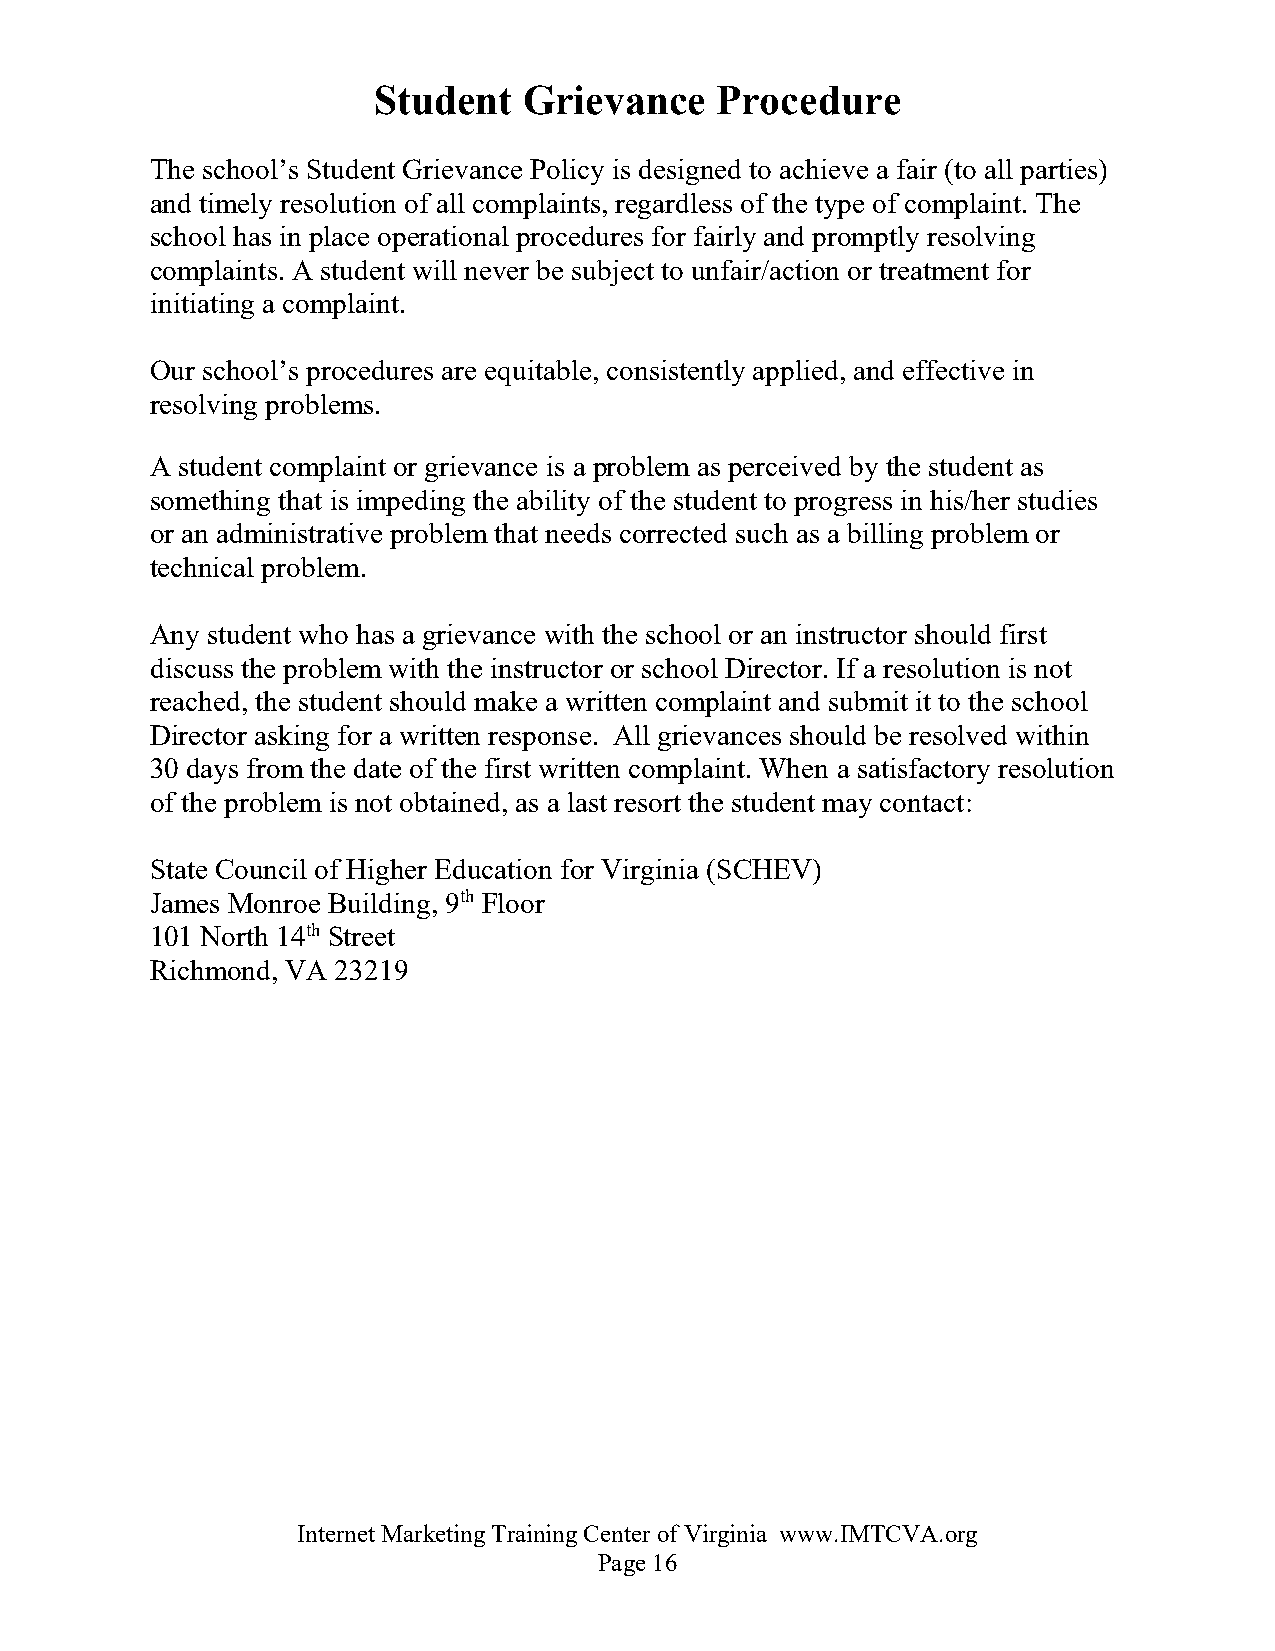
Student   Grievance   Procedure
 The school’s Student Grievance Policy is designed to achieve a fair (to all parties)
 and timely resolution of all complaints, regardless of the type of complaint. The
 school has in place operational procedures for fairly and promptly resolving
 complaints. A student will never be subject to unfair/action or treatment for
 initiating a complaint.
 Our school’s procedures are equitable, consistently applied, and effective in
 resolving problems.
 A student complaint or grievance is a problem as perceived by the student as
 something that is impeding the ability of the student to progress in his/her studies
 or an administrative problem that needs corrected such as a billing problem or
 technical problem.
 Any student who has a grievance with the school or an instructor should first
 discuss the problem with the instructor or school Director. If a resolution is not
 reached, the student should make a written complaint and submit it to the school
 Director asking for a written response. All grievances should be resolved within
 30 days from the date of the first written complaint. When a satisfactory resolution
 of the problem is not obtained, as a last resort the student may contact:
 State Council of Higher Education for Virginia (SCHEV)
 James Monroe Building, 9th Floor
 101 North 14th Street
 Richmond, VA 23219
 Internet Marketing Training Center of Virginia www.IMTCVA.org
 Page 16